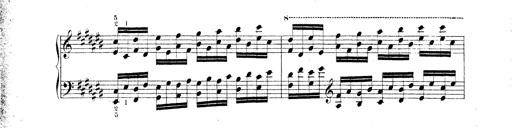
Title: Technische Studien
Composer: Franz Liszt